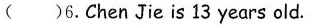
( )6.ChenJie is 13 years old.